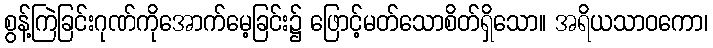
စွန့်ကြဲခြင်းဂုဏ်ကိုအောက်မေ့ခြင်း၌ ဖြောင့်မတ်သောစိတ်ရှိသော။ အရိယသာဝကော၊